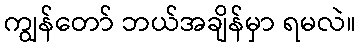
ကျွန်တော် ဘယ်အချိန်မှာ ရမလဲ။